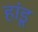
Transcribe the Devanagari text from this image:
हांडू